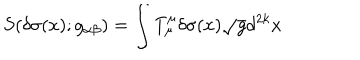
S ( \delta \sigma ( x ) ; g _ { \alpha \beta } ) = \int T _ { \mu } ^ { \mu } \delta \sigma ( x ) \sqrt { g } d ^ { 2 k } x